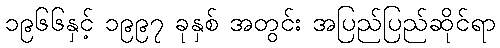
၁၉၆၆နှင့် ၁၉၉၇ ခုနှစ် အတွင်း အပြည်ပြည်ဆိုင်ရာ